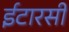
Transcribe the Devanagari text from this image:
ईटारसी